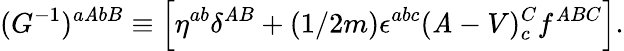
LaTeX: (G^{-1})^{a\mathit{A}bB}\equiv\left[\eta^{ab}\delta^{\mathit{A}B}+(1/2m)\epsilon^{abc}(\mathit{A}-V)_{c}^{C}f^{\mathit{A}BC}\right].